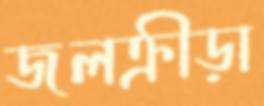
জলক্রীড়া